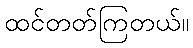
ထင်တတ်ကြတယ်။